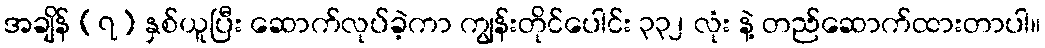
အချိန် (၇) နှစ်ယူပြီး ဆောက်လုပ်ခဲ့ကာ ကျွန်းတိုင်ပေါင်း ၃၃၂ လုံး နဲ့ တည်ဆောက်ထားတာပါ။